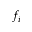
f _ { i }